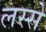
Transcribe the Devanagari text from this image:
लस्से